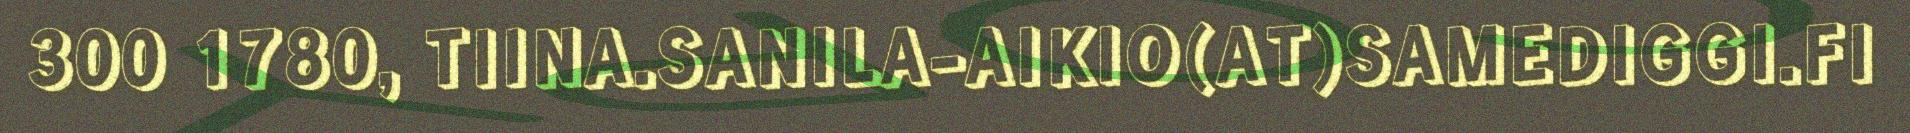
300 1780, TIINA.SANILA-AIKIO(AT)SAMEDIGGI.FI